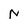
Character: N